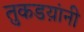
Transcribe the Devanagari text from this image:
तुकडय़ांनी